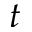
t